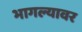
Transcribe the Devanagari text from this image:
भागल्यावर